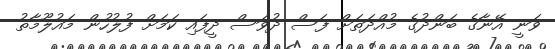
ވަނީ އޭނާގެ ބަންދުގެ މުއްދަތަށް ފަސް ދުވަސް ދީފައި ކަމަށް ފުލުހުން މައުލޫމާތު